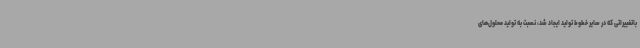
باتغییراتی که در سایر خطوط تولید ایجاد شد، نسبت به تولید محلول‌های